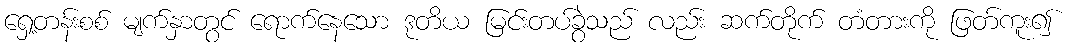
ရှေ့တန်းစစ် မျက်နှာတွင် ရောက်နေသော ဒုတိယ မြင်းတပ်ခွဲသည် လည်း ဆက်တိုက် တံတားကို ဖြတ်ကူး၍